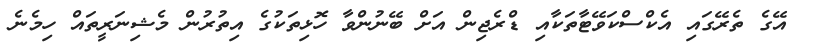
އޭގެ ތެރޭގައި އެކްސްކަވޭޓާތަކާއި ޑްރެޖިން އަށް ބޭނުންވާ ހޮޅިތަކުގެ އިތުރުން މެޝިނަރީތައް ހިމެނެ